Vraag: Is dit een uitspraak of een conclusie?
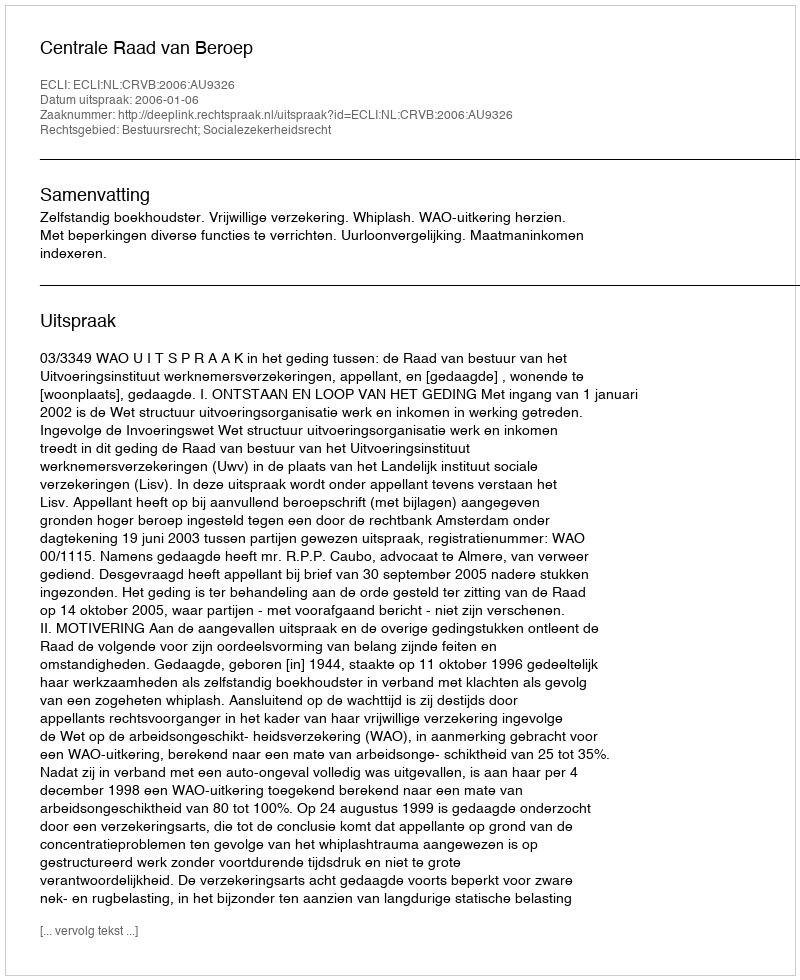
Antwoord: Uitspraak